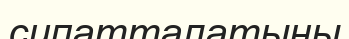
сипатталатыны